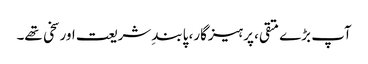
آپ بڑے متقی، پرہیزگار، پابندِ شریعت اور سخی تھے۔